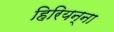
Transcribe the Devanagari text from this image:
हिरियन्ना